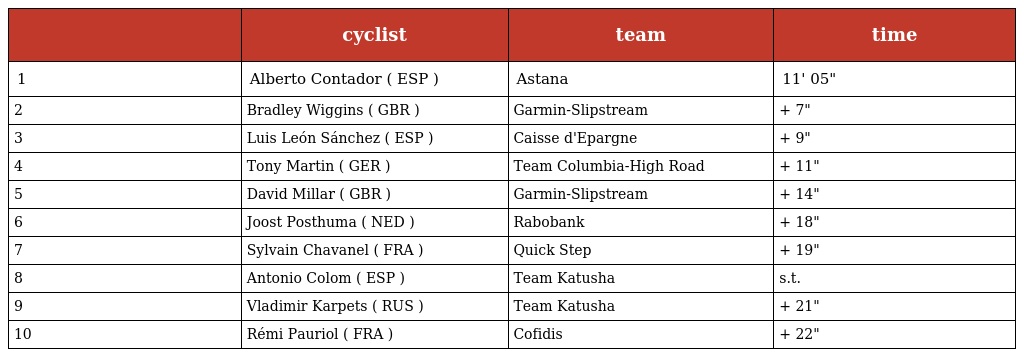
|  | cyclist | team | time |
 | --- | --- | --- | --- |
 | 1 | Alberto Contador ( ESP ) | Astana | 11' 05" |
 | 2 | Bradley Wiggins ( GBR ) | Garmin-Slipstream | + 7" |
 | 3 | Luis León Sánchez ( ESP ) | Caisse d'Epargne | + 9" |
 | 4 | Tony Martin ( GER ) | Team Columbia-High Road | + 11" |
 | 5 | David Millar ( GBR ) | Garmin-Slipstream | + 14" |
 | 6 | Joost Posthuma ( NED ) | Rabobank | + 18" |
 | 7 | Sylvain Chavanel ( FRA ) | Quick Step | + 19" |
 | 8 | Antonio Colom ( ESP ) | Team Katusha | s.t. |
 | 9 | Vladimir Karpets ( RUS ) | Team Katusha | + 21" |
 | 10 | Rémi Pauriol ( FRA ) | Cofidis | + 22" |